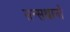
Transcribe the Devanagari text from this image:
सन्सथानों